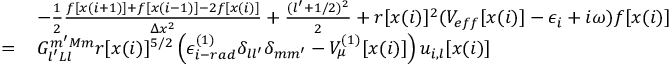
\begin{array} { r l } & { - \frac { 1 } { 2 } \frac { f [ x ( i + 1 ) ] + f [ x ( i - 1 ) ] - 2 f [ x ( i ) ] } { \Delta x ^ { 2 } } + \frac { ( l ^ { \prime } + 1 / 2 ) ^ { 2 } } { 2 } + r [ x ( i ) ] ^ { 2 } ( V _ { e f f } [ x ( i ) ] - \epsilon _ { i } + i \omega ) f [ x ( i ) ] } \\ { = \, } & { G _ { l ^ { \prime } L l } ^ { m ^ { \prime } M m } r [ x ( i ) ] ^ { 5 / 2 } \left( \epsilon _ { i - r a d } ^ { ( 1 ) } \delta _ { l l ^ { \prime } } \delta _ { m m ^ { \prime } } - V _ { \mu } ^ { ( 1 ) } [ x ( i ) ] \right) u _ { i , l } [ x ( i ) ] } \end{array}